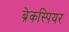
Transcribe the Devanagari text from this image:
ब्रेकस्पियर